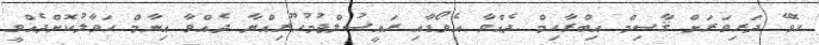
ހޮވޭ ދަރިވަރަށް ޤާސިމް އިބްރާހިމް ދެއްވާ އެވޯޑާއި ރައީސުލްޖުމުހޫރިއްޔާ ދެއްވާ އިނާމް ހަވާލުކޮށްދެއްވީ